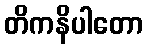
တိကနိပါတော